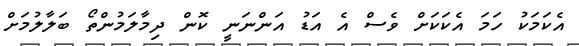
އެކަމަކު ހަމަ އެކަކަށް ވެސް އެ އަޑު އަންނަނީ ކޮން ދިމާލަމުންތޯ ބަލާލުމަށް